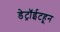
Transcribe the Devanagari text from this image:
डेट्रॉईटहून